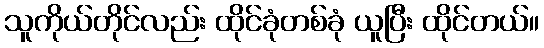
သူကိုယ်တိုင်လည်း ထိုင်ခုံတစ်ခုံ ယူပြီး ထိုင်တယ်။